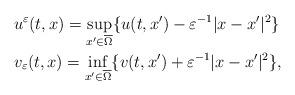
LaTeX: \begin{align*}&u^\varepsilon(t,x)=\sup_{x'\in\overline{\Omega}}\{u(t,x')-\varepsilon^{-1}|x-x'|^2\}\quad\\&v_\varepsilon(t,x)=\inf_{x'\in\overline{\Omega}}\{v(t,x')+\varepsilon^{-1}|x-x'|^2\},\end{align*}